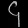
Digit: ၄